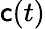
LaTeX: \mathsf{c}(t)